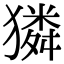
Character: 獜